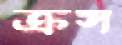
ক্রস